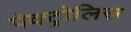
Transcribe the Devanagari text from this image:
पेक्ट्रोलिस